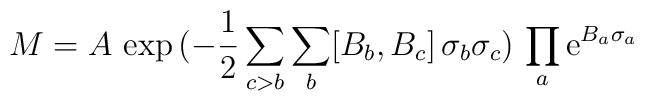
M = A\,\exp \,(- \frac{1}{2} \sum_{c>b} \sum_b [B_b, B_c] \,\sigma_b \sigma_c)\, \prod_a {\rm e}^{B_a \sigma_a}